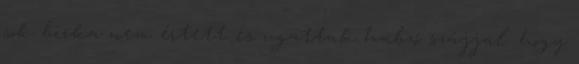
sok birka nem értett és ugattak habzó szájjal. hogy